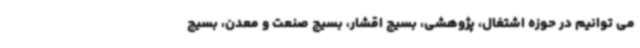
می توانیم در حوزه اشتغال، پژوهشی، بسیج اقشار، بسیج صنعت و معدن، بسیج